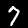
Label: 7